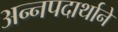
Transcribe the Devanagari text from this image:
अन्नपदार्थाने